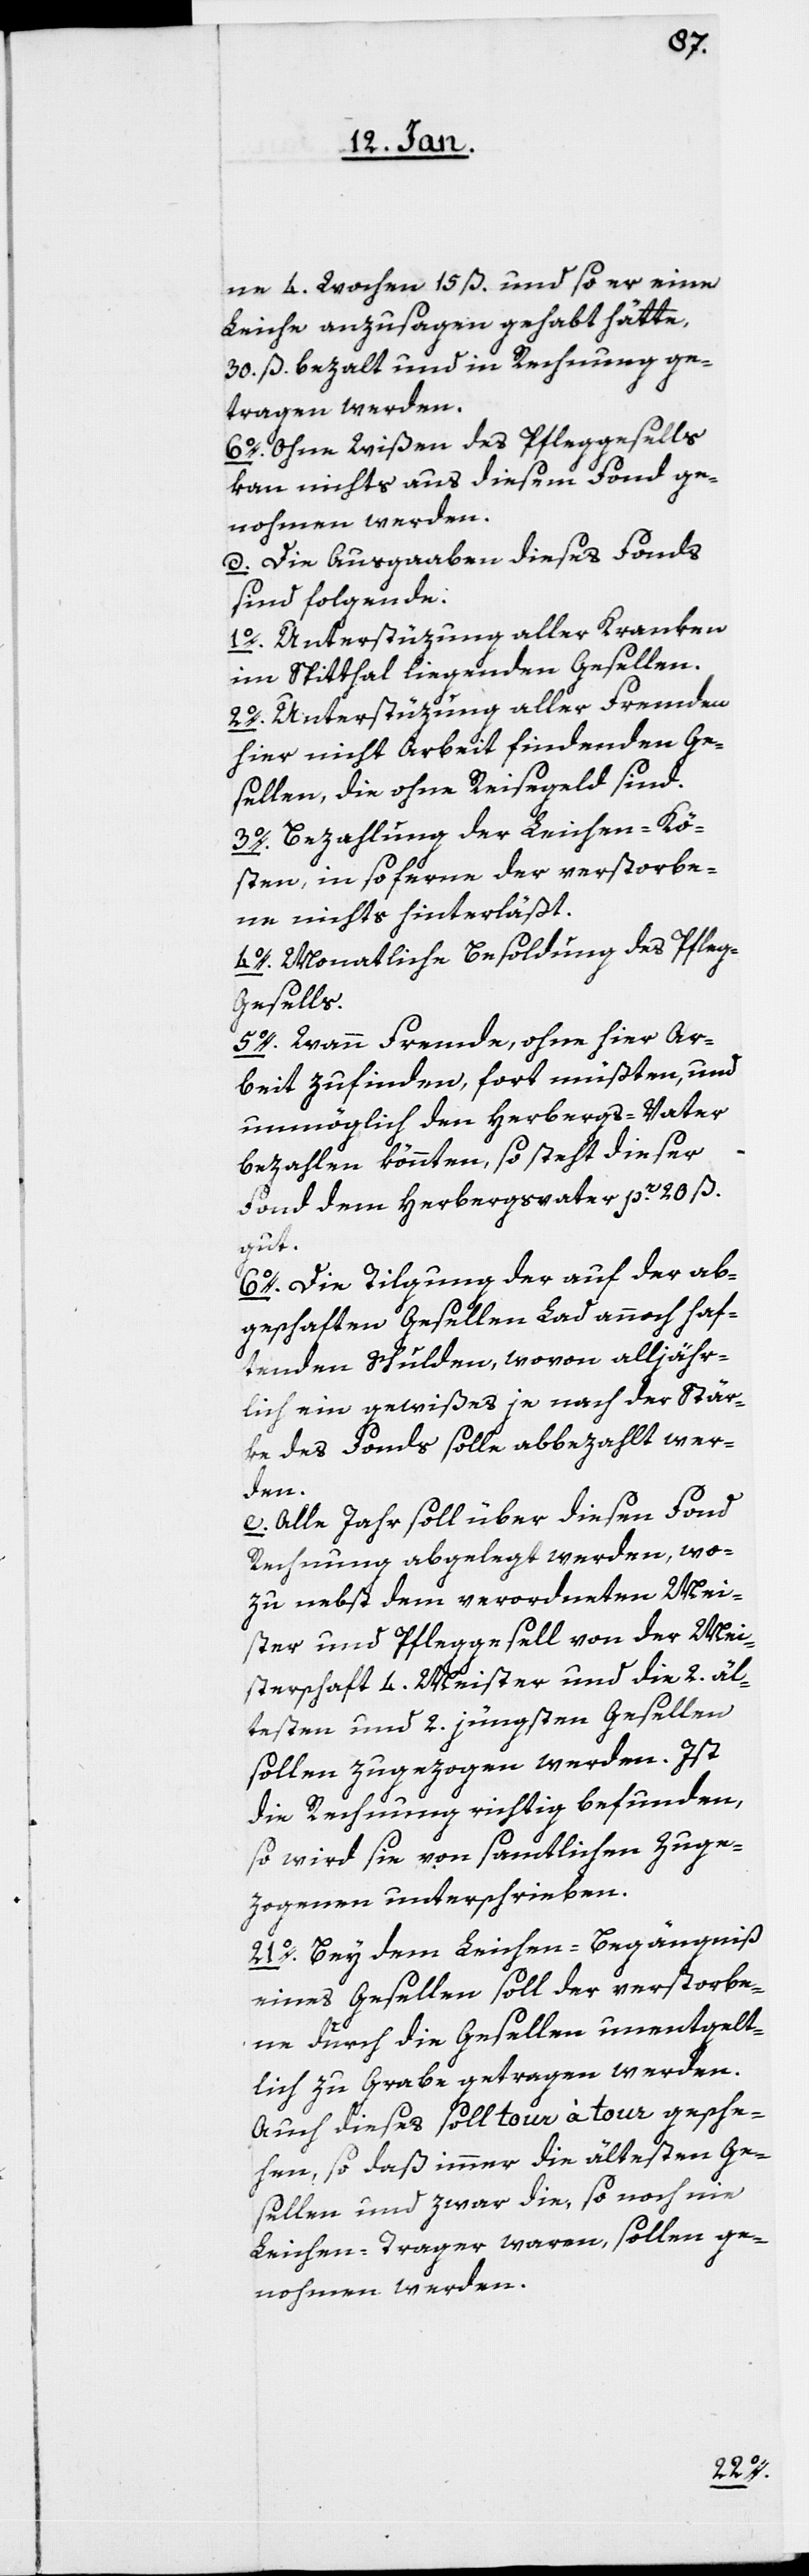
ne 4. Wochen 15 ß. und so er eine
Leiche anzusagen gehabt hätte,
30. ß. bezahlt und in Rechnung ge¬
tragen werden.
6o. Ohne Wißen des Pfleggesells
kan nichts aus diesem Fonds ge¬
nohmen werden.
d. Die Ausgaaben dieses Fonds
sind folgende:
1o. Unterstüzung aller Kranken
im Spitthal liegenden Gesellen.
2o. Unterstüzung aller Fremden
hier nicht Arbeit findenden Ge¬
sellen, die ohne Reisegeld sind.
3o. Bezahlung der Leichen-Kö¬
sten, in soferne der verstorbe¬
ne nichts hinterläßt.
4o. Monatliche Besoldung des Pfleg¬
gesells.
5o. Wann Fremde, ohne hier Ar¬
beit zufinden, fort müßten, und
unmöglich den Herbergs-Vater
bezahlen könnten, so steht dieser
Fond dem Herbergsvater pr. 20 ß.
gut.
6o. Die Tilgung der auf der ab¬
geschaften Gesellen Lad annoch haf¬
tenden Schulden, wovon alljähr¬
lich ein gewißes je nach der Stär¬
ke des Fonds solle abbezahlt wer¬
den.
e) Alle Jahr soll über diesen Fond
Rechnung abgelegt werden, wo¬
zu nebst dem verordneten Mei¬
ster und Pfleggesell von der Mei¬
sterschaft 4. Meister und die 2. äl¬
testen und 2. jüngsten Gesellen
sollen zugezogen werden. Ist
die Rechnung richtig befunden,
so wird sie von samtlichen Zuge¬
zogenen unterschrieben.
21o. Bey dem Leichen-Begängniß
eines Gesellen soll der verstorbe¬
ne durch die Gesellen unentgelt¬
lich zu Grabe getragen werden.
Auch dieses soll tour à tour gesche¬
hen, so daß immer die ältesten Ge¬
sellen und zwar die, so noch nie
Leichen-Trager waren, sollen ge¬
nohmen werden.